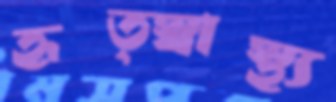
হৃত্স্বাস্থ্য